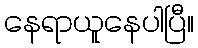
နေရာယူနေပါပြီ။